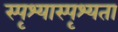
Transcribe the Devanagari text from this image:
स्पृश्यास्पृश्यता